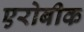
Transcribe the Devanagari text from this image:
एरोबीक